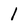
Character: 1